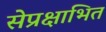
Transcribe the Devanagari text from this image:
सेप्रक्षाभित